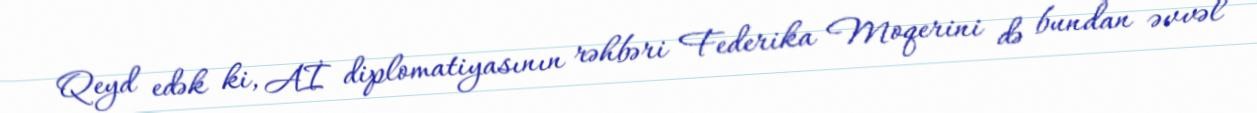
Qeyd edək ki, Aİ diplomatiyasının rəhbəri Federika Moqerini də bundan əvvəl